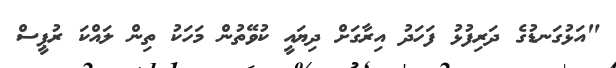
"އަޅުގަނޑުގެ ދަރިފުޅު ފަހަދު އިރާގަށް ދިޔައީ ކުވޭތުން މަހަކު ތިން ލައްކަ ރުޕީސް